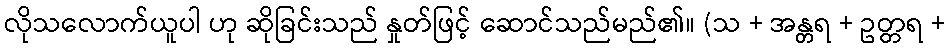
လိုသလောက်ယူပါ ဟု ဆိုခြင်းသည် နှုတ်ဖြင့် ဆောင်သည်မည်၏။ (သ + အန္တရ + ဥတ္တရ +